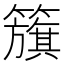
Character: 籏